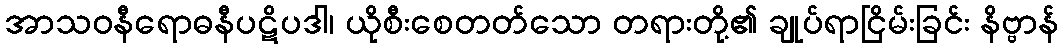
အာသဝနီရောဓနီပဋိပဒါ၊ ယိုစီးစေတတ်သော တရားတို့၏ ချုပ်ရာငြိမ်းခြင်း နိဗ္ဗာန်